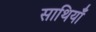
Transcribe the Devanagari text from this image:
साथियाँ